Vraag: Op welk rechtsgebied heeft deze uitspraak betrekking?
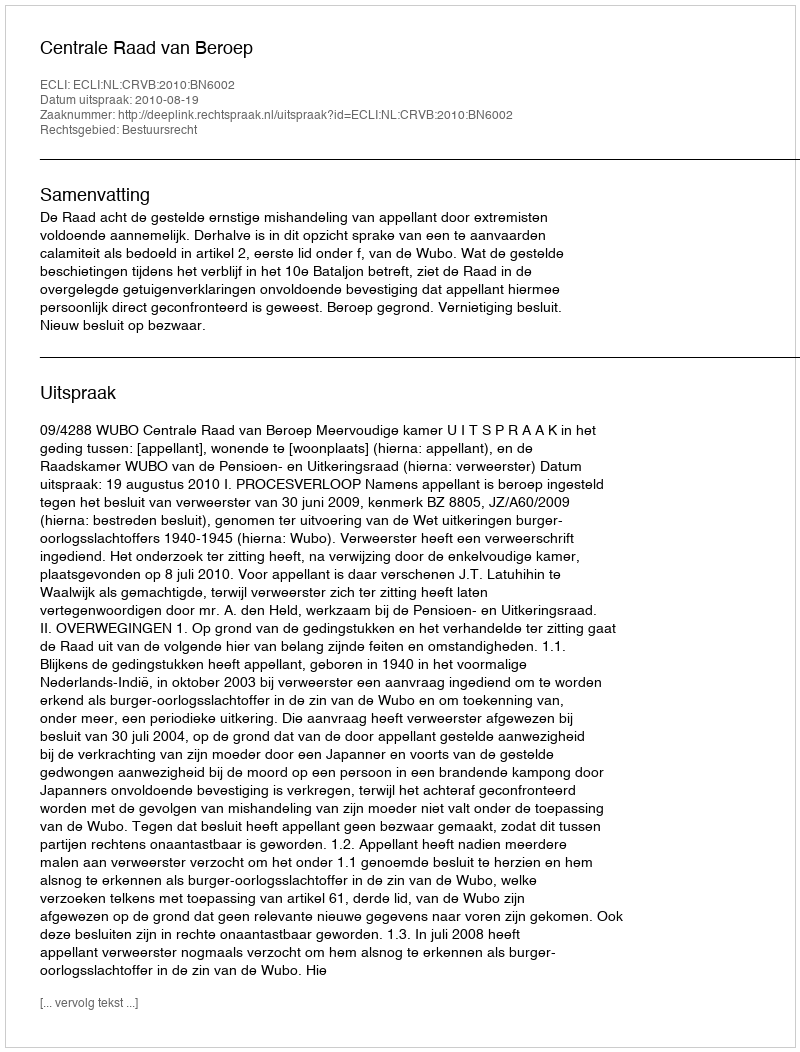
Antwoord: Bestuursrecht